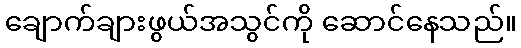
ချောက်ချားဖွယ်အသွင်ကို ဆောင်နေသည်။